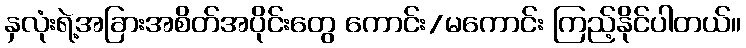
နှလုံးရဲ့အခြားအစိတ်အပိုင်းတွေ ကောင်း/မကောင်း ကြည့်နိုင်ပါတယ်။